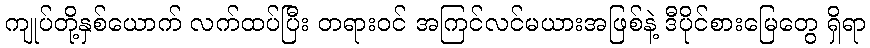
ကျုပ်တို့နှစ်ယောက် လက်ထပ်ပြီး တရားဝင် အကြင်လင်မယားအဖြစ်နဲ့ ဒီပိုင်စားမြေတွေ ရှိရာ